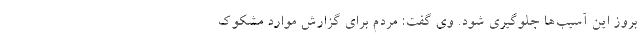
بروز این آسیب‌ها جلوگیری شود. وی گفت: مردم برای گزارش موارد مشکوک